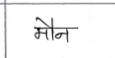
मजकूर: मौन